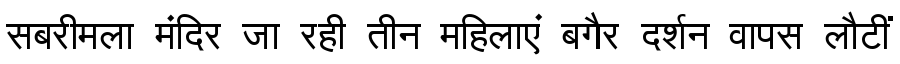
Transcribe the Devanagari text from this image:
सबरीमला मंदिर जा रही तीन महिलाएं बगैर दर्शन वापस लौटीं